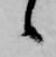
候